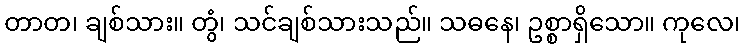
တာတ၊ ချစ်သား။ တွံ၊ သင်ချစ်သားသည်။ သဓနေ၊ ဥစ္စာရှိသော။ ကုလေ၊